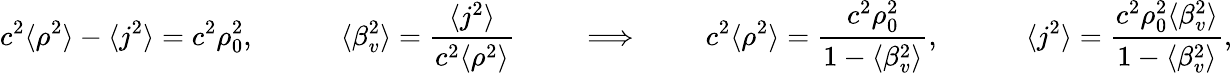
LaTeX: c^{2}\langle\rho^{2}\rangle-\langle j^{2}\rangle=c^{2}\rho_{0}^{2},\quad\quad\quad\langle\beta_{v}^{2}\rangle={\frac{\langle j^{2}\rangle}{c^{2}\langle\rho^{2}\rangle}}\quad\quad\implies\quad\quad c^{2}\langle\rho^{2}\rangle={\frac{c^{2}\rho_{0}^{2}}{1-\langle\beta_{v}^{2}\rangle}},\quad\quad\quad\langle j^{2}\rangle={\frac{c^{2}\rho_{0}^{2}\langle\beta_{v}^{2}\rangle}{1-\langle\beta_{v}^{2}\rangle}},